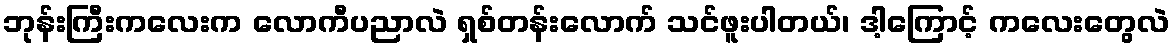
ဘုန်းကြီးကလေးက လောကီပညာလဲ ရှစ်တန်းလောက် သင်ဖူးပါတယ်၊ ဒါ့ကြောင့် ကလေးတွေလဲ